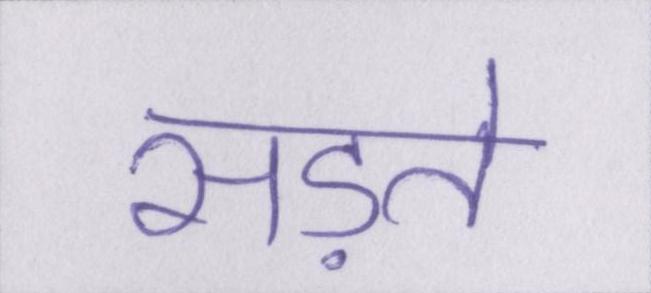
सड़ते